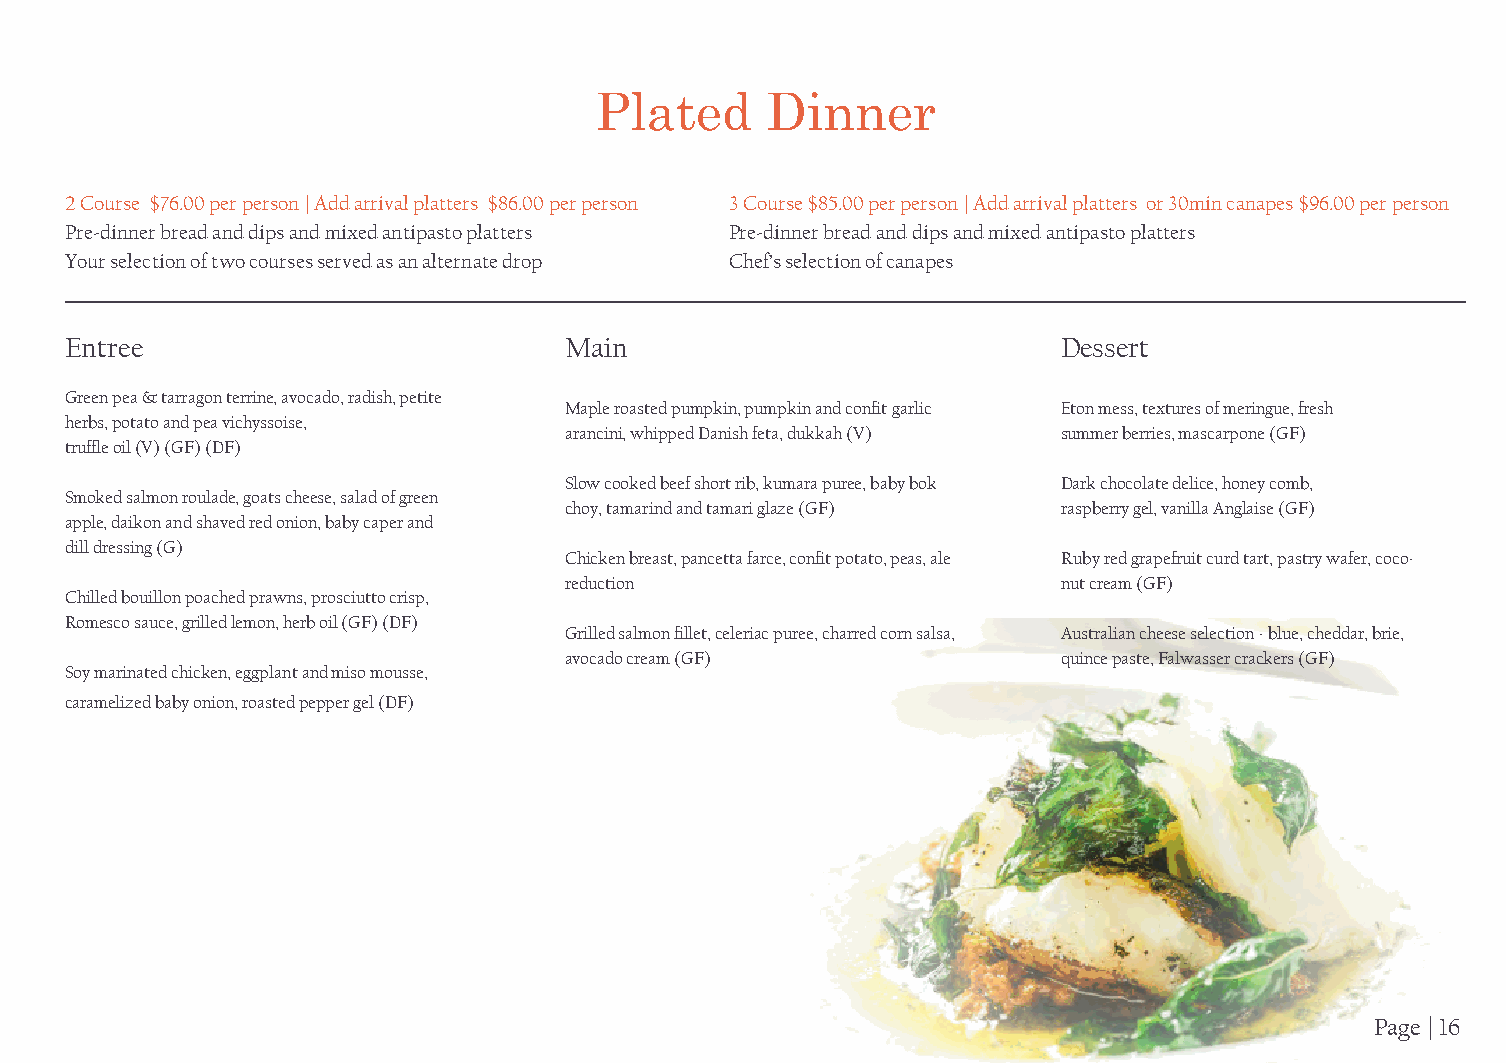
Plated      Dinner
 2 Course $76.00 per person | Add arrival platters $86.00 per person 3 Course $85.00 per person | Add arrival platters or 30min canapes $96.00 per person
 Pre-dinner bread and dips and mixed antipasto platters Pre-dinner bread and dips and mixed antipasto platters
 Your selection of two courses served as an alternate drop Chef’s selection of canapes
 Entree                           Main                             Dessert
 Green pea & tarragon terrine, avocado, radish, petite
 Maple roasted pumpkin, pumpkin and confit garlic Eton mess, textures of meringue, fresh
 herbs, potato and pea vichyssoise,
 arancini, whipped Danish feta, dukkah (V) summer berries, mascarpone (GF)
 truffle oil (V) (GF) (DF)
 Slow cooked beef short rib, kumara puree, baby bok Dark chocolate delice, honey comb,
 Smoked salmon roulade, goats cheese, salad of green
 choy, tamarind and tamari glaze (GF) raspberry gel, vanilla Anglaise (GF)
 apple, daikon and shaved red onion, baby caper and
 dill dressing (G)
 Chicken breast, pancetta farce, confit potato, peas, ale Ruby red grapefruit curd tart, pastry wafer, coco-
 reduction                        nut cream (GF)
 Chilled bouillon poached prawns, prosciutto crisp,
 Romesco sauce, grilled lemon, herb oil (GF) (DF)
 Grilled salmon fillet, celeriac puree, charred corn salsa, Australian cheese selection - blue, cheddar, brie,
 avocado cream (GF)               quince paste, Falwasser crackers (GF)
 Soy marinated chicken, eggplant and miso mousse,
 caramelized baby onion, roasted pepper gel (DF)
 Page | 16